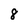
Character: 8